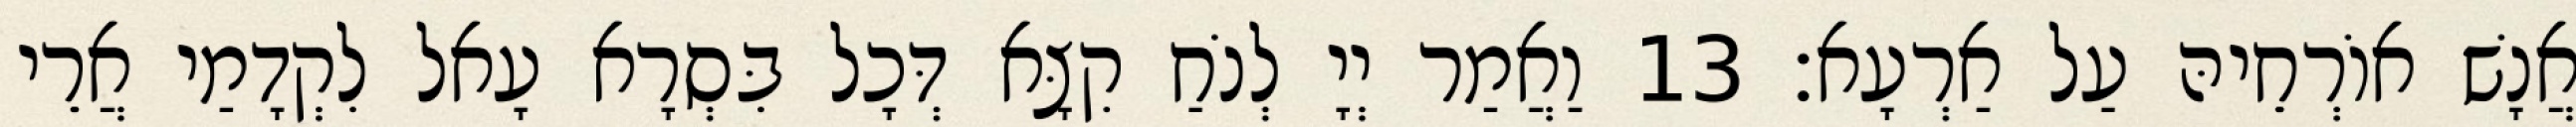
אֲנָשׁ אוֹרְחֵיהּ עַל אַרְעָא׃ 13 וַאֲמַר יְיָ לְנֹחַ קִצָּא דְּכָל בִּסְרָא עָאל לִקְדָמַי אֲרֵי